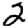
Digit: 2